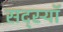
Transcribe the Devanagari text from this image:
सद्स्यॉ